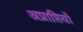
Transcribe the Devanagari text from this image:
अप्राप्तियों